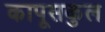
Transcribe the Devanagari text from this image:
कापूसकुल